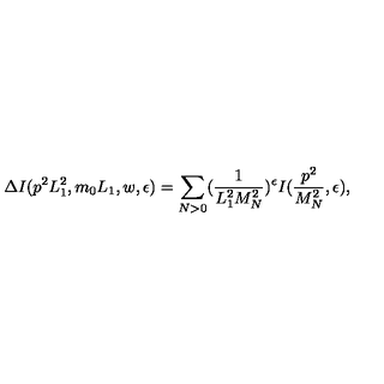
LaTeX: \Delta I ( p ^ { 2 } L _ { 1 } ^ { 2 } , m _ { 0 } L _ { 1 } , w , \epsilon ) = \sum _ { N > 0 } ( \frac { 1 } { L _ { 1 } ^ { 2 } M _ { N } ^ { 2 } } ) ^ { \epsilon } I ( \frac { p ^ { 2 } } { M _ { N } ^ { 2 } } , \epsilon ) ,